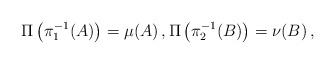
LaTeX: \begin{align*}\Pi\left(\pi_1^{-1}(A)\right)=\mu(A)\, ,\Pi\left(\pi_2^{-1}(B)\right)=\nu(B)\, ,\end{align*}